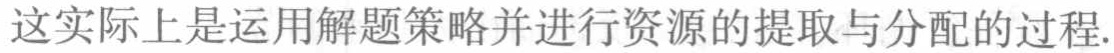
这实际上是运用解题策略并进行资源的提取与分配的过程.